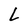
Character: L